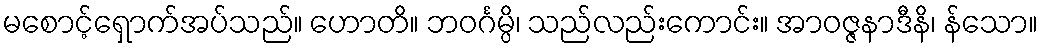
မစောင့်ရှောက်အပ်သည်။ ဟောတိ။ ဘဝင်္ဂမ္ပိ၊ သည်လည်းကောင်း။ အာဝဇ္ဇနာဒီနိ၊ န်သော။